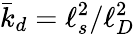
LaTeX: \bar{k}_{d}=\ell_{s}^{2}/\ell_{D}^{2}